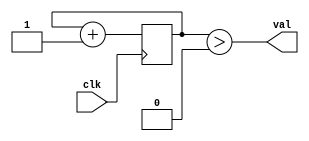
module over (input clk, output val);
    parameter min = 0;
    parameter cycle = 16;

    reg [cycle-1:0] count;

    assign val = count > min;

    always @(posedge clk) count++;
endmodule